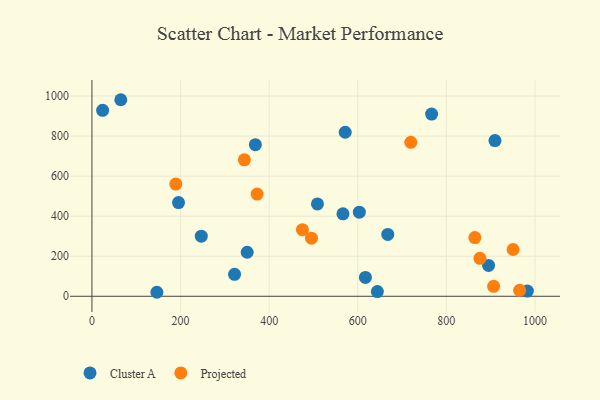
{"axis": {"x": "Investment", "y": "Exam Score"}, "legend": ["Cluster A", "Projected"], "data": [{"x": "509.0", "y": 461.0, "type": "Cluster A"}, {"x": "895.3", "y": 154.0, "type": "Cluster A"}, {"x": "321.9", "y": 109.4, "type": "Cluster A"}, {"x": "246.8", "y": 300.4, "type": "Cluster A"}, {"x": "909.7", "y": 777.6, "type": "Cluster A"}, {"x": "603.6", "y": 419.9, "type": "Cluster A"}, {"x": "644.3", "y": 23.5, "type": "Cluster A"}, {"x": "982.9", "y": 26.2, "type": "Cluster A"}, {"x": "571.7", "y": 819.2, "type": "Cluster A"}, {"x": "766.7", "y": 909.8, "type": "Cluster A"}, {"x": "667.8", "y": 308.9, "type": "Cluster A"}, {"x": "566.6", "y": 411.6, "type": "Cluster A"}, {"x": "368.9", "y": 757.3, "type": "Cluster A"}, {"x": "146.6", "y": 20.0, "type": "Cluster A"}, {"x": "195.4", "y": 468.1, "type": "Cluster A"}, {"x": "617.3", "y": 94.4, "type": "Cluster A"}, {"x": "65.1", "y": 981.6, "type": "Cluster A"}, {"x": "350.4", "y": 219.9, "type": "Cluster A"}, {"x": "24.1", "y": 928.7, "type": "Cluster A"}, {"x": "906.7", "y": 49.8, "type": "Projected"}, {"x": "189.3", "y": 560.5, "type": "Projected"}, {"x": "344.1", "y": 681.4, "type": "Projected"}, {"x": "950.6", "y": 233.7, "type": "Projected"}, {"x": "965.4", "y": 29.9, "type": "Projected"}, {"x": "719.8", "y": 768.9, "type": "Projected"}, {"x": "372.9", "y": 510.2, "type": "Projected"}, {"x": "475.1", "y": 332.6, "type": "Projected"}, {"x": "495.5", "y": 290.3, "type": "Projected"}, {"x": "864.4", "y": 293.2, "type": "Projected"}, {"x": "875.9", "y": 189.5, "type": "Projected"}]}